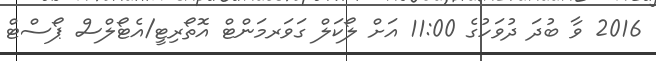
2016 ވާ ބުދަ ދުވަހުގެ 11:00 އަށް ލޯކަލް ގަވަރމަންޓް އޮތޯރިޓީ/އެޓޯލްސް ޕޯސްޓް